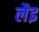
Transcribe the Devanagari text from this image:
लैइ